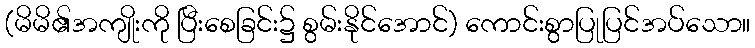
(မိမိ၏အကျိုးကို ပြီးစေခြင်း၌ စွမ်းနိုင်အောင်) ကောင်းစွာပြုပြင်အပ်သော။